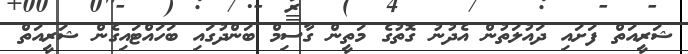
ޝަރީއަތް ފަށައި ދައުލަތުން އެދުނު ގޮތުގެ މަތީން ގާސިމް ބަންދުގައި ބަހައްޓައިގެން ޝަރީއަތް